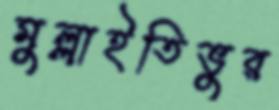
মুল্লাইতিভুর